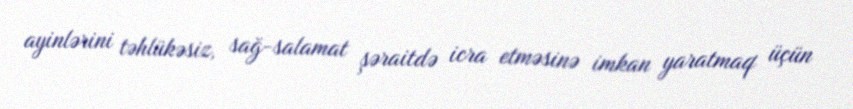
ayinlərini təhlükəsiz, sağ-salamat şəraitdə icra etməsinə imkan yaratmaq üçün